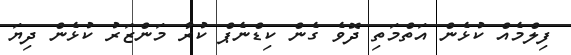
ފިލްމެއް ކުޅެން އަތްމަތި ދޮވެ ގެން ކިޑްނެޕް ކުރާ މަންޒަރު ކުޅެން ދިޔަ